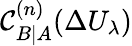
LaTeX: \mathcal{C}_{B|A}^{(n)}(\Delta U_{\lambda})